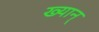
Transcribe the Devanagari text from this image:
ख्यान्